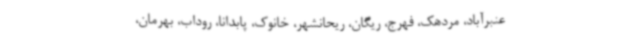
عنبرآباد، مردهک، فهرج، ریگان، ریحانشهر، خانوک، پابدانا، روداب، بهرمان،